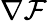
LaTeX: \nabla{\mathcal{F}}